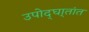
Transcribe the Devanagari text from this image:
उपोद्‌घा्तांत